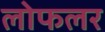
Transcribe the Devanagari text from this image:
लोफलर